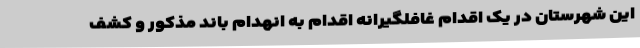
این شهرستان در یک اقدام غافلگیرانه اقدام به انهدام باند مذکور و کشف